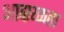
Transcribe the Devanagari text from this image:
आव्श्य्कता